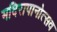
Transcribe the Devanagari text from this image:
मदिरापानोत्सव